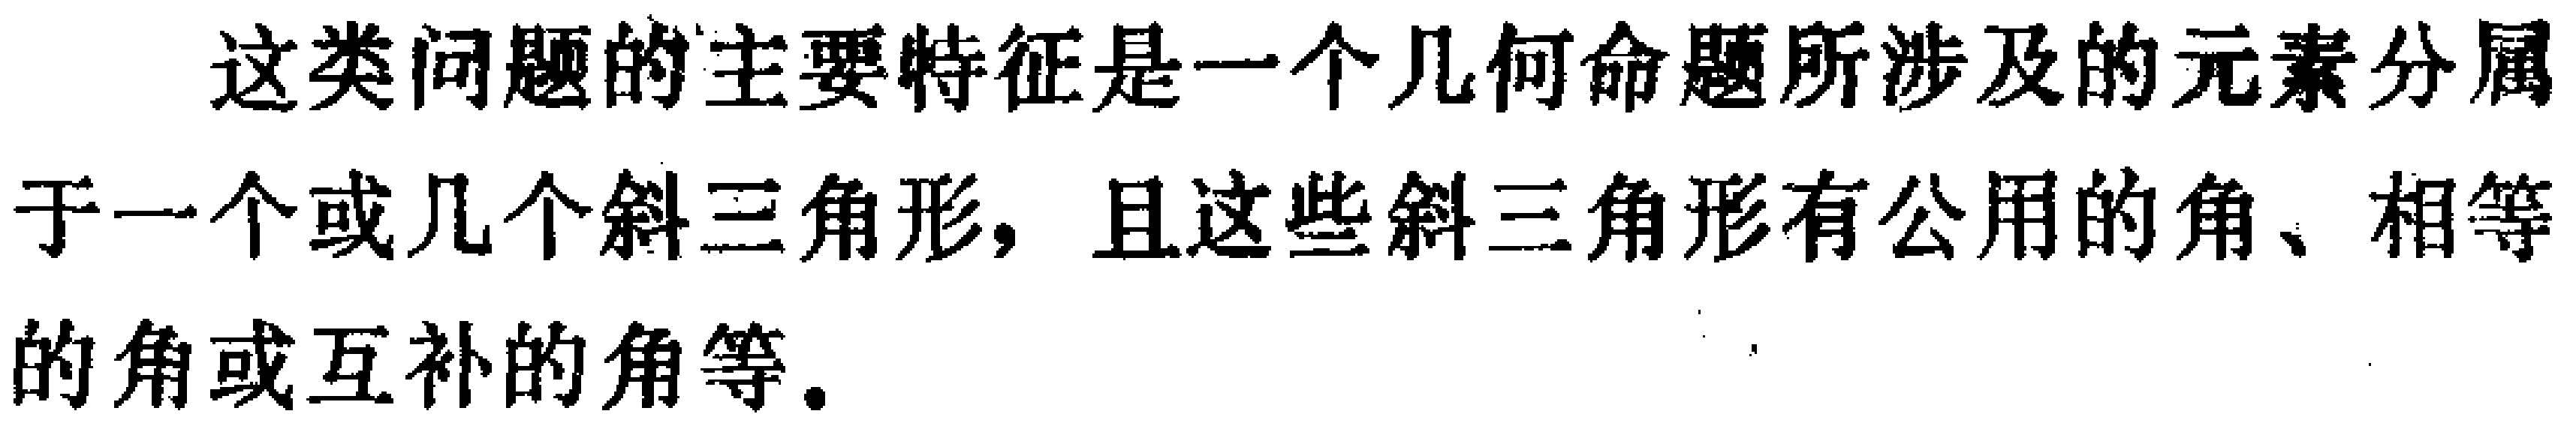
这类问题的主要特征是一个几何命题所涉及的元素分属于一个或几个斜三角形，且这些斜三角形有公用的角、相等的角或互补的角等。